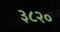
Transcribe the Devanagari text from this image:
३८२०